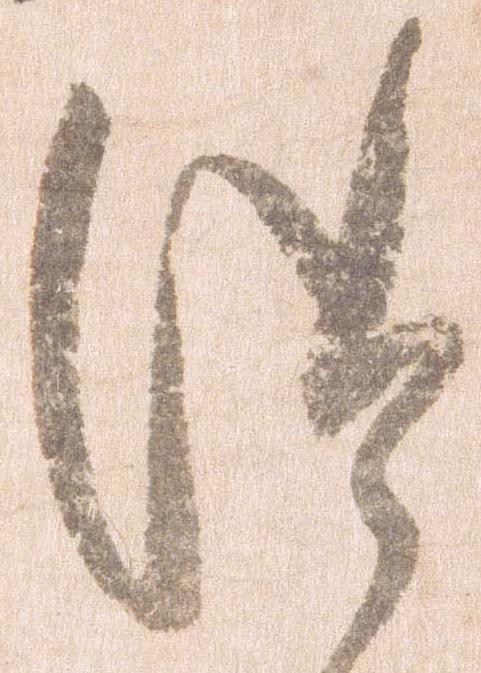
つ